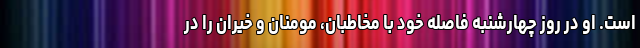
است. او در روز چهارشنبه فاصله خود با مخاطبان، مومنان و خیران را در